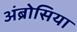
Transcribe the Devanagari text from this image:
अंब्रोसिया